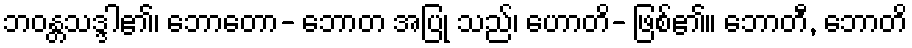
ဘဝန္တသဒ္ဒါ၏၊ ဘောတော- ဘောတ အပြု သည်၊ ဟောတိ- ဖြစ်၏။ ဘောတီ, ဘောတိ